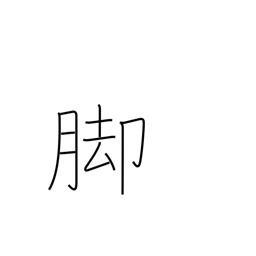
Meaning: lower part